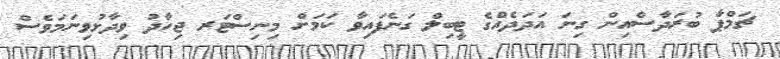
ޗަމްޕާ ބުރަދާސްއިން ގިނަ އަދަދެއްގެ ޓީބިލް ގަނެފައިވާ ކަމަށް މިނިސްޓަރ ޖިހާދު ވިދާޅުވިނަމަވެސް